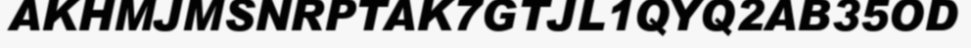
AKHMJMSNRPTAK7GTJL1QYQ2AB35OD